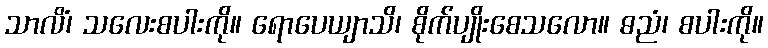
သာလိံ၊ သလေးစပါးကို။ ရောပေယျာသိ၊ စိုက်ပျိုးစေသလော။ ဓညံ၊ စပါးကို။